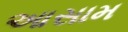
આસામ